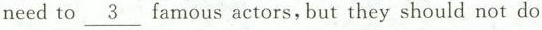
need to \underline{3} famous actors, but they should not do